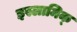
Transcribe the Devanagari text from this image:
इस्लामिक्